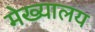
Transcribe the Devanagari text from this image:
मेख्यालय